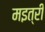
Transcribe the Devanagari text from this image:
मइत्री